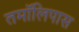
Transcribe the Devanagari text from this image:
तमॉलिपास